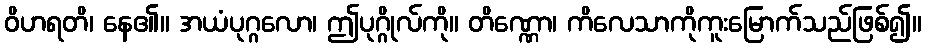
ဝိဟရတိ၊ နေ၏။ အယံပုဂ္ဂလော၊ ဤပုဂ္ဂိုလ်ကို။ တိဏ္ဏော၊ ကိလေသာကိုကူးမြောက်သည်ဖြစ်၍။